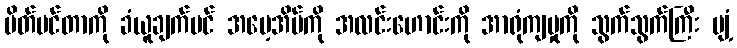
ပိတ်ပင်တာကို ခံယူချက်ပင် အမေ့အိမ်ကို အလင်းဟောင်းကို အာရုံကျမှုကို သွက်သွက်ကြီး ပျံ့